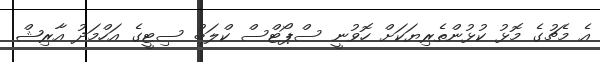
އެ މެޗުގެ މޮޅު ކުޅުންތެރިޔަކަށް ހޮވުނީ ސްޕޯޓްސް ކްލަބު ސިޓީގެ އަހްމަދު އާރިޝް